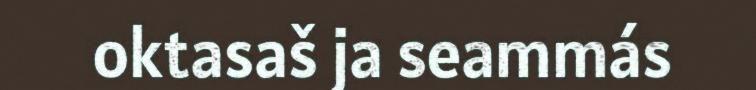
oktasaš ja seammás